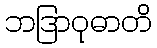
ဘဒြာဝုဓာတိ